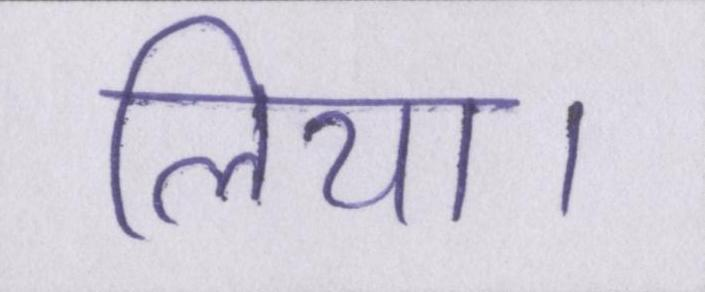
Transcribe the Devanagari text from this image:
लिया।